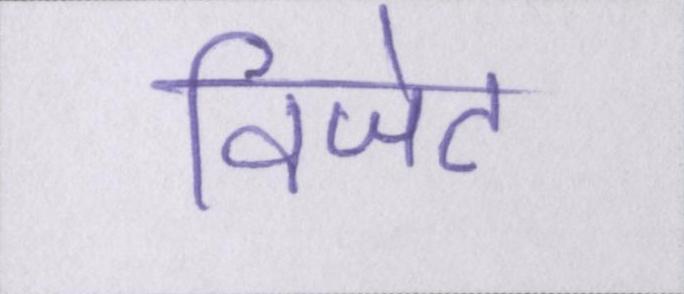
विजेट